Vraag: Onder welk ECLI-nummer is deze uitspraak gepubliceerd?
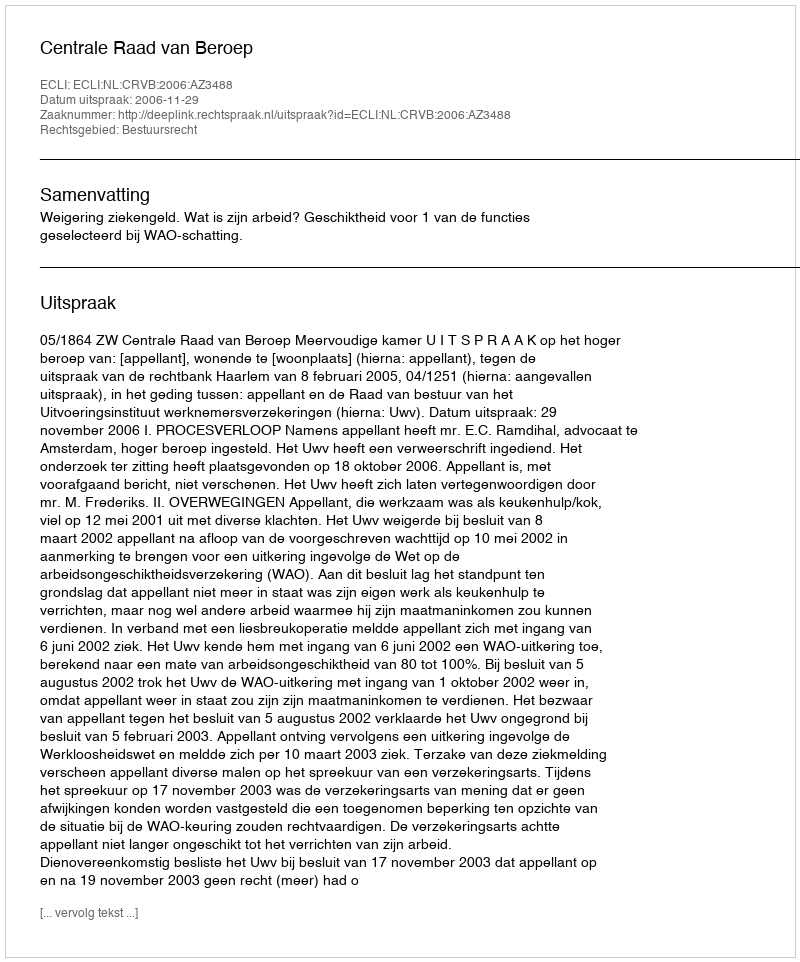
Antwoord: ECLI:NL:CRVB:2006:AZ3488